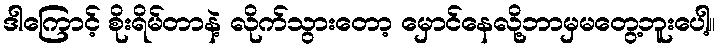
ဒါကြောင့် စိုးရိမ်တာနဲ့ လိုက်သွားတော့ မှောင်နေလို့ဘာမှမတွေ့ဘူးပေါ့။